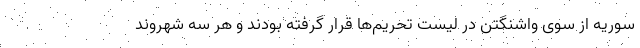
سوریه از سوی واشنگتن در لیست تحریم‌ها قرار گرفته بودند و هر سه شهروند